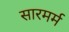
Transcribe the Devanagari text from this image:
सारमर्म